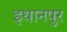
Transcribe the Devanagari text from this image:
इधानपुर